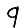
Digit: 9